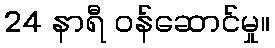
24 နာရီ ဝန်ဆောင်မှု။